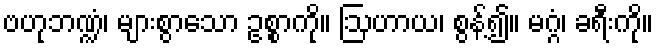
ဗဟုဘဏ္ဍံ၊ များစွာသော ဥစ္စာကို။ ဩဟာယ၊ စွန့်၍။ မဂ္ဂံ၊ ခရီးကို။